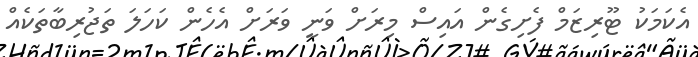
އެކަމަކު ޓޫރިޒަމް ފެށިގެން އައިސް މިރަށް ވަނީ ވަރަށް އެހެން ކަހަލަ ތަޖުރިބާތަކެއް